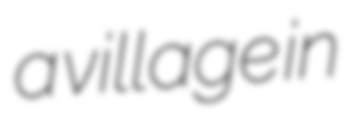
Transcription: a village in